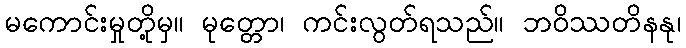
မကောင်းမှုတို့မှ။ မုတ္တော၊ ကင်းလွတ်ရသည်။ ဘဝိဿတိနနု၊